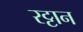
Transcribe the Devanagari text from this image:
रट्टान